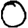
Digit: 0